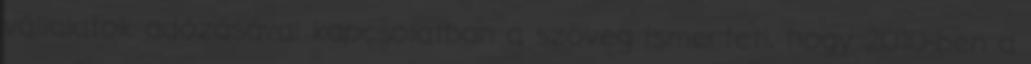
vállalatok adózásával kapcsolatban a szöveg ismerteti, hogy 2010-ben a